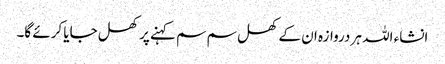
انشاء اللہ ہر دروازہ ان کے کھل سم سم کہنے پر کھل جایا کرئے گا۔